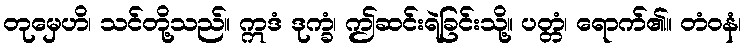
တုမှေဟိ၊ သင်တို့သည်။ ဣဒံ ဒုက္ခံ၊ ဤဆင်းရဲခြင်းသို့။ ပတ္တံ၊ ရောက်၏။ တံဝနံ၊